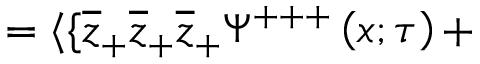
= \langle \{ \overline { { { z } } } _ { + } \overline { { { z } } } _ { + } \overline { { { z } } } _ { + } \Psi ^ { + + + } \left( x ; \tau \right) +